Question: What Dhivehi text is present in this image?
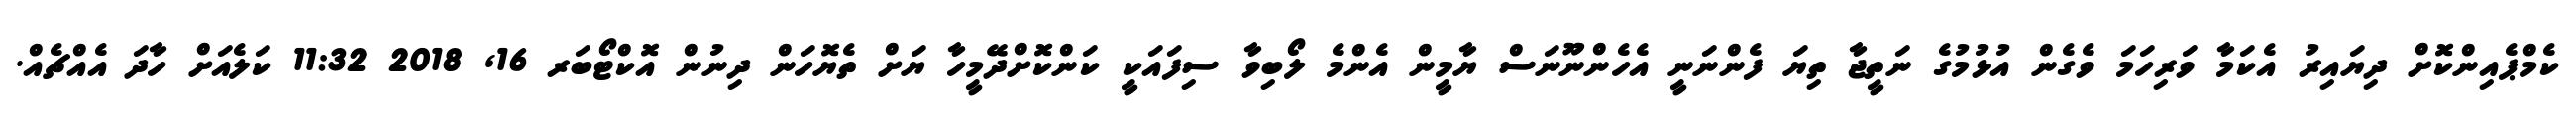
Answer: ކެމްޕެއިންކޮށް ދިޔައިރު އެކަމާ ވަރިހަމަ ވެގެން އުޅުމުގެ ނަތީޖާ ތިޔަ ފެންނަނީ އެހެންނޫނަސް ޔާމީން އެންމެ ލޯބިވާ ސިފައަކީ ކަންކޮށްދޭމީހާ ޔަށް ތެޔޮހަން ދިނުން އޮކްޓޯބަރ 16, 2018 11:32 ކަލެއަށް ހާދަ އެއްޗެއް.